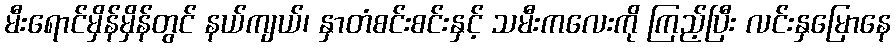
မီးရောင်မှိန်မှိန်တွင် နယ်ကျယ်၊ နှာတံစင်းစင်းနှင့် သမီးကလေးကို ကြည့်ပြီး လင်းနှမြောနေ